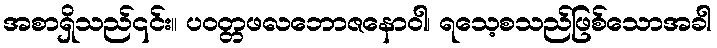
အစာရှိသည်၎င်း။ ပဝတ္တဖလဘောဇနောဝါ၊ ရသေ့စသည်ဖြစ်သောအခါ